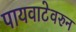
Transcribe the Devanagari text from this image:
पायवाटेवरुन